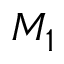
M _ { 1 }